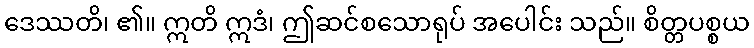
ဒေဿတိ၊ ၏။ ဣတိ ဣဒံ၊ ဤဆင်စသောရုပ် အပေါင်း သည်။ စိတ္တပစ္စယ